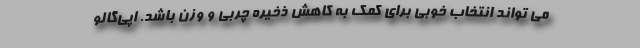
می تواند انتخاب خوبی برای کمک به کاهش ذخیره چربی و وزن باشد. اپی‌گالو